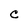
Character: C